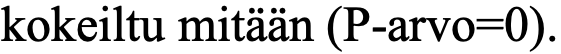
kokeiltu mitään (P-arvo=0).